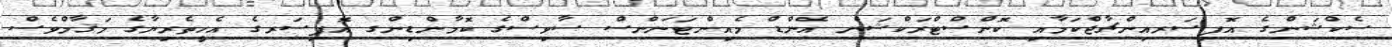
ސެކްޝަންގެ އޮފިސަރއިންޗާޖްކަމާއި ކޮންސްޓްރަކްޝަން އެންޑް މެއިންޓަނަންސް ސާވިސްގެ ކޮމާންޑިންގ އޮފިސަރގެ އެހީތެރިޔާގެ މަޤާމްވެސް